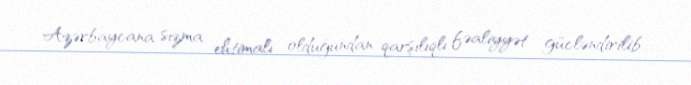
Azərbaycana sızma ehtimalı olduğundan qarşılıqlı fəaliyyət gücləndirilib.